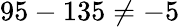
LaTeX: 95-135\neq-5